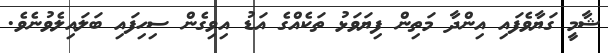
ޝާމީ ގަޔާވެފައި އިންދާ މަތިން ފިޔަވަޅު ތަކެއްގެ އަޑު އިވިގެން ސިހިފައި ބަލައިލެވުނެވެ.